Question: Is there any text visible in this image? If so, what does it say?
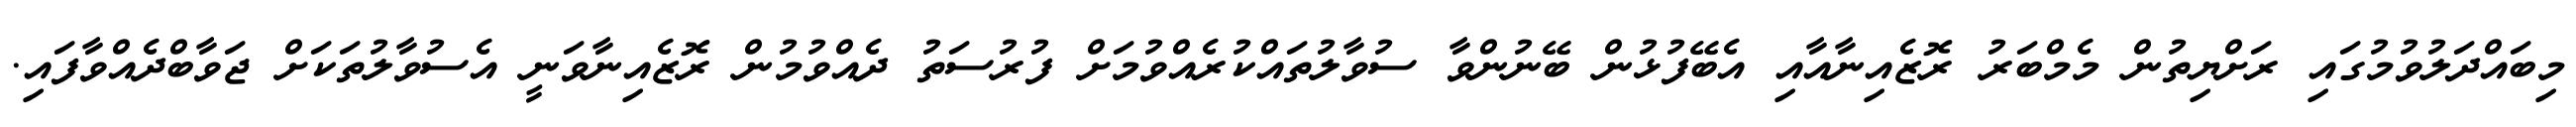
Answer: މިބައްދަލުވުމުގައި ރަށްޔިތުން މެމްބަރު ރޮޒެއިނާއާއި އެބޭފުޅުން ބޭނުންވާ ސުވާލުތައްކުރެއްވުމަށް ފުރުސަތު ދެއްވުމުން ރޮޒެއިނާވަނީ އެސުވާލުތަކަށް ޖަވާބްދެއްވާފައި.